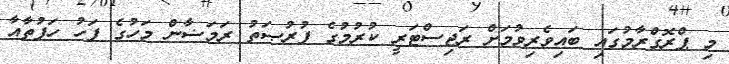
މި ޕްރޮގްރާމުގައި ބައިވެރިވުމަށް ރަޖިސްޓަރީ ކުރުމުގެ ފުރުޞަތު ރަމަޟާން މަހުގެ ފަހު ހަފުތާއާ